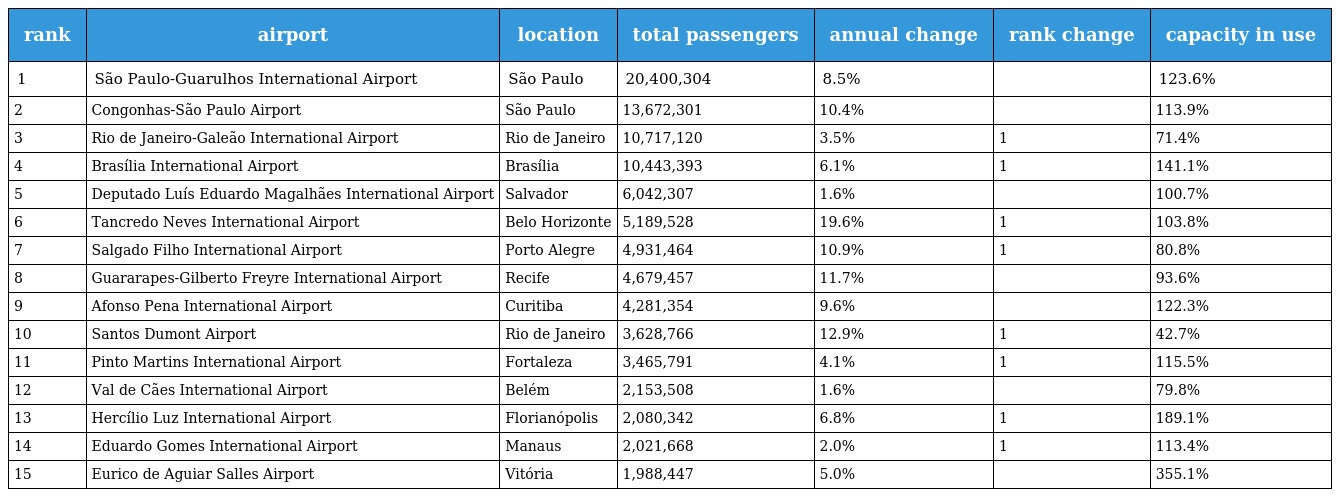
| rank | airport | location | total passengers | annual change | rank change | capacity in use |
 | --- | --- | --- | --- | --- | --- | --- |
 | 1 | São Paulo-Guarulhos International Airport | São Paulo | 20,400,304 | 8.5% |  | 123.6% |
 | 2 | Congonhas-São Paulo Airport | São Paulo | 13,672,301 | 10.4% |  | 113.9% |
 | 3 | Rio de Janeiro-Galeão International Airport | Rio de Janeiro | 10,717,120 | 3.5% | 1 | 71.4% |
 | 4 | Brasília International Airport | Brasília | 10,443,393 | 6.1% | 1 | 141.1% |
 | 5 | Deputado Luís Eduardo Magalhães International Airport | Salvador | 6,042,307 | 1.6% |  | 100.7% |
 | 6 | Tancredo Neves International Airport | Belo Horizonte | 5,189,528 | 19.6% | 1 | 103.8% |
 | 7 | Salgado Filho International Airport | Porto Alegre | 4,931,464 | 10.9% | 1 | 80.8% |
 | 8 | Guararapes-Gilberto Freyre International Airport | Recife | 4,679,457 | 11.7% |  | 93.6% |
 | 9 | Afonso Pena International Airport | Curitiba | 4,281,354 | 9.6% |  | 122.3% |
 | 10 | Santos Dumont Airport | Rio de Janeiro | 3,628,766 | 12.9% | 1 | 42.7% |
 | 11 | Pinto Martins International Airport | Fortaleza | 3,465,791 | 4.1% | 1 | 115.5% |
 | 12 | Val de Cães International Airport | Belém | 2,153,508 | 1.6% |  | 79.8% |
 | 13 | Hercílio Luz International Airport | Florianópolis | 2,080,342 | 6.8% | 1 | 189.1% |
 | 14 | Eduardo Gomes International Airport | Manaus | 2,021,668 | 2.0% | 1 | 113.4% |
 | 15 | Eurico de Aguiar Salles Airport | Vitória | 1,988,447 | 5.0% |  | 355.1% |